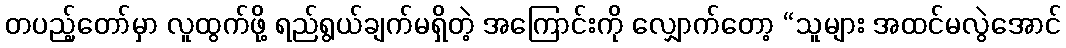
တပည့်တော်မှာ လူထွက်ဖို့ ရည်ရွယ်ချက်မရှိတဲ့ အကြောင်းကို လျှောက်တော့ “သူများ အထင်မလွဲအောင်